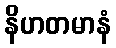
နိဟတမာနံ